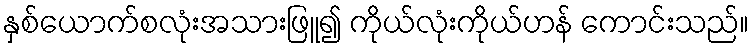
နှစ်ယောက်စလုံးအသားဖြူ၍ ကိုယ်လုံးကိုယ်ဟန် ကောင်းသည်။